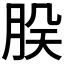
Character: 𬚷